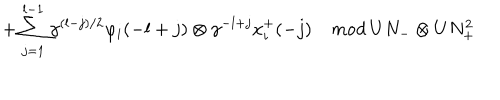
\hspace { . 7 5 i n } + \sum _ { j = 1 } ^ { l - 1 } \gamma ^ { ( l - j ) / 2 } \varphi _ { i } ( - l + j ) \otimes \gamma ^ { - l + j } x _ { i } ^ { + } ( - j ) \quad { \it m o d } \; U N _ { - } \otimes U N _ { + } ^ { 2 }